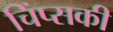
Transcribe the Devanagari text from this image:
चिंप्सकी